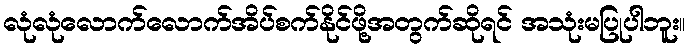
လုံလုံလောက်လောက်အိပ်စက်နိုင်ဖို့အတွက်ဆိုရင် အသုံးမပြုပါဘူး။